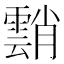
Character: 䨭